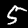
Digit: 5